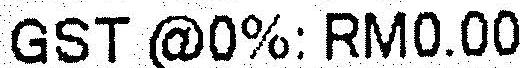
GST @0%: RM0.00